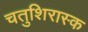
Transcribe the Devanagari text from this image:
चतुशिरास्क